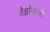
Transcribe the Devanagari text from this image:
जैब्लाॅनस्की